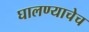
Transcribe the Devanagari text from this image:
घालण्याचेच